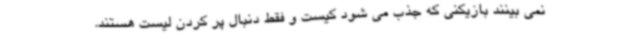
نمی بینند بازیکنی که جذب می شود کیست و فقط دنبال پر کردن لیست هستند.